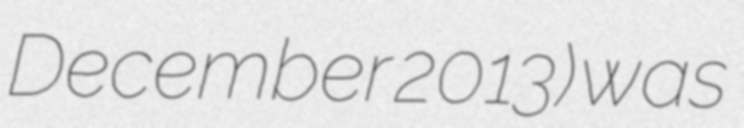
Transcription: December 2013) was